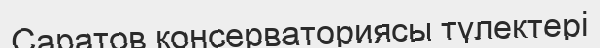
Саратов консерваториясы түлектері